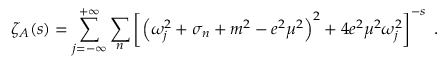
\zeta _ { A } ( s ) = \sum _ { j = - \infty } ^ { + \infty } \sum _ { n } \left[ \left( \omega _ { j } ^ { 2 } + \sigma _ { n } + m ^ { 2 } - e ^ { 2 } \mu ^ { 2 } \right) ^ { 2 } + 4 e ^ { 2 } \mu ^ { 2 } \omega _ { j } ^ { 2 } \right] ^ { - s } \; .